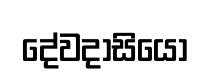
දේවදාසියෝ